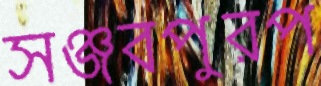
সঞ্জবপুরপ